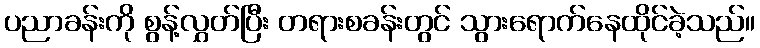
ပညာခန်းကို စွန့်လွှတ်ပြီး တရားစခန်းတွင် သွားရောက်နေထိုင်ခဲ့သည်။